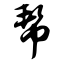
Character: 帮